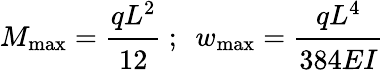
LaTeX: M_{\mathrm{max}}={\cfrac{qL^{2}}{12}}~;~~w_{\mathrm{max}}={\cfrac{qL^{4}}{384EI}}